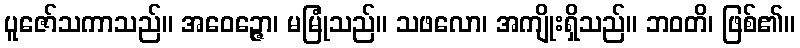
ပူဇော်သကာသည်။ အဝေဉ္ဇော၊ မမြုံသည်။ သဖလော၊ အကျိုးရှိသည်။ ဘဝတိ၊ ဖြစ်၏။